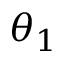
\theta _ { 1 }